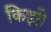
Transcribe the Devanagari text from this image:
किझ़ी